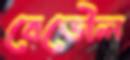
বেডৌল